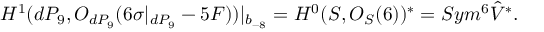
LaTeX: H ^ { 1 } ( d P _ { 9 } , { \cal O } _ { d P _ { 9 } } ( 6 \sigma | _ { d P _ { 9 } } - 5 F ) ) | _ { b _ { - 8 } } = H ^ { 0 } ( { \cal S } , { \cal O } _ { { \cal S } } ( 6 ) ) ^ { * } = S y m ^ { 6 } \hat { V } ^ { * } .